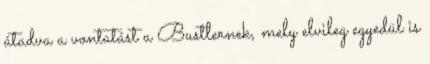
átadva a vontatást a Bustlernek, mely elvileg egyedül is